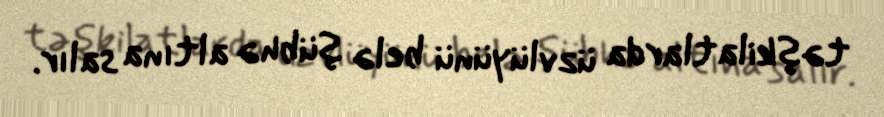
təşkilatlarda üzvlüyünü belə şübhə altına salır.